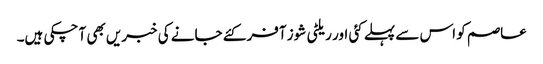
عاصم کو اس سے پہلے کئی اور ریلٹی شوز آفر کئے جانے کی خبریں بھی آ چکی ہیں۔